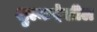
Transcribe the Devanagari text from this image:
शुल्कदेखील